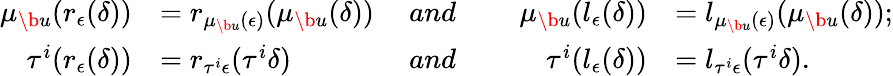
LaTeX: \begin{array}{rlrlrl}{\mu_{\b{u}}(r_{{\epsilon}}(\delta))}&{=r_{\mu_{\b{u}}({\epsilon})}(\mu_{\b{u}}(\delta))\ }&{{and}}&{}&{\ \mu_{\b{u}}(l_{{\epsilon}}(\delta))}&{=l_{\mu_{\b{u}}({\epsilon})}(\mu_{\b{u}}(\delta));}\\ {\tau^{i}(r_{{\epsilon}}(\delta))}&{=r_{\tau^{i}{\epsilon}}(\tau^{i}\delta)\ }&{{and}}&{}&{\ \tau^{i}(l_{{\epsilon}}(\delta))}&{=l_{\tau^{i}{\epsilon}}(\tau^{i}\delta).}\end{array}